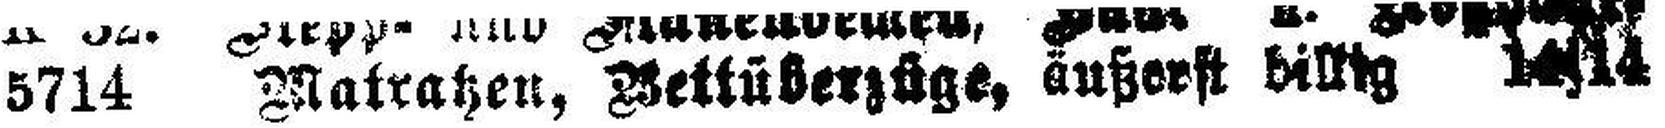
5714 Matratzen, Bettüberzüge, äußerst billig 14|14